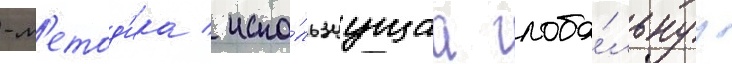
-м'етод'ика / испо́льзуущаа глоба́льнуу